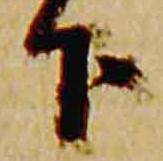
下